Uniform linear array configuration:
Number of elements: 24
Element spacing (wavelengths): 1
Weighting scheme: blackman
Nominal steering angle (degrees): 15
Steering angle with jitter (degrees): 13.371
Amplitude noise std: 0.05
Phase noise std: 0.05

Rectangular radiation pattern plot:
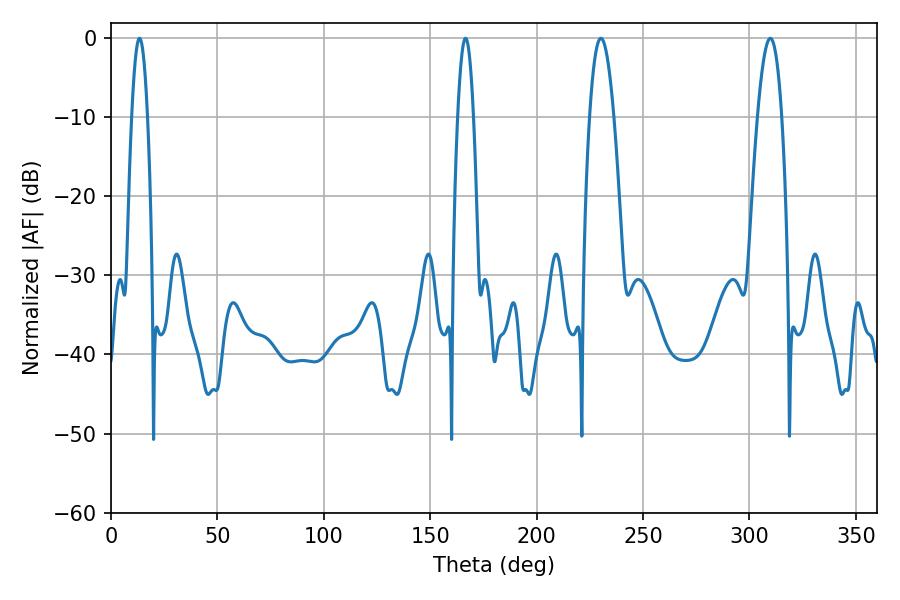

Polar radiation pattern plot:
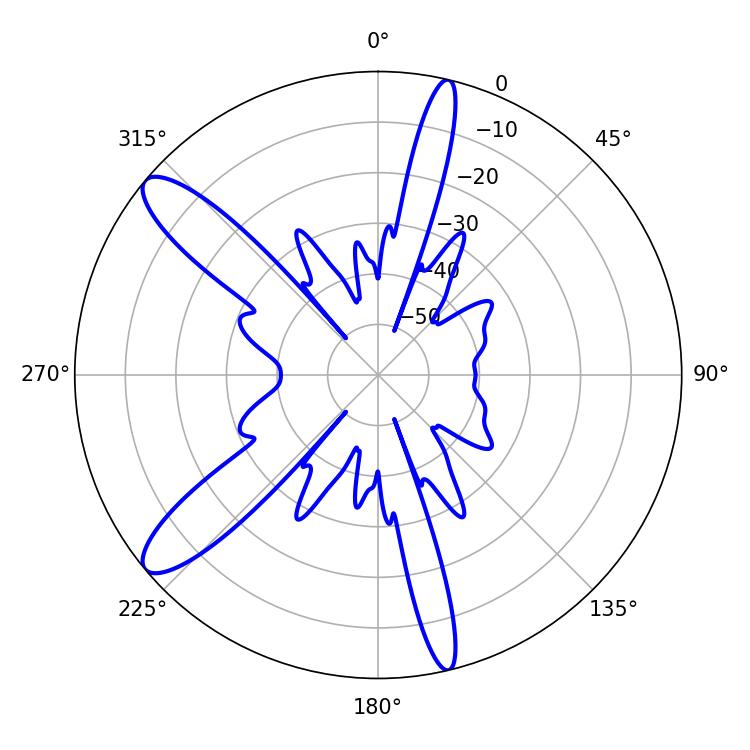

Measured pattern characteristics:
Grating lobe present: TRUE
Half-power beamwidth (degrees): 6.3
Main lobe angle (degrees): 230.22